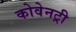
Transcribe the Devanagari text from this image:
कोवेनट्री